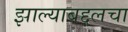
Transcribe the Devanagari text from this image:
झाल्याबद्दलचा